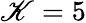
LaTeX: \mathscr{K}=5